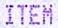
ITEM